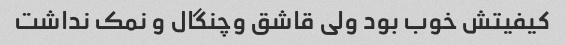
کیفیتش خوب بود ولی قاشق وچنگال و نمک نداشت